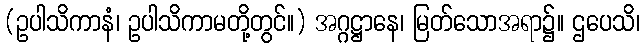
(ဥပါသိကာနံ၊ ဥပါသိကာမတို့တွင်။) အဂ္ဂဋ္ဌာနေ၊ မြတ်သောအရာ၌။ ဌပေသိ၊